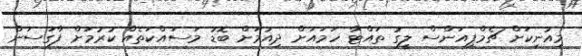
މިއުނިކަށް ޗެމްޕިއަންސް ލީގު ތައްޓާ ހަމައަށް ދިއުމަށް ބޮޑު މަސައްކަތެއް ކުރުމަށް ފާގަސަން